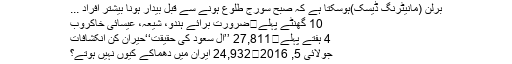
برلن (مانیٹرنگ ڈیسک)ہوسکتا ہے کہ صبح سورج طلوع ہونے سے قبل بیدار ہونا بیشتر افراد ...
10 گھنٹے پہلے	ضرورت برائے ہندو، شیعہ، عیسائی خاکروب
4 ہفتے پہلے	27,811 ’’آل سعود کی حقیقت‘‘حیران کن انکشافات
جولائی 5, 2016	24,932 ایران میں دھماکے کیوں نہیں ہوتے؟